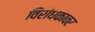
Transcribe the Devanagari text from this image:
विरोधकावर